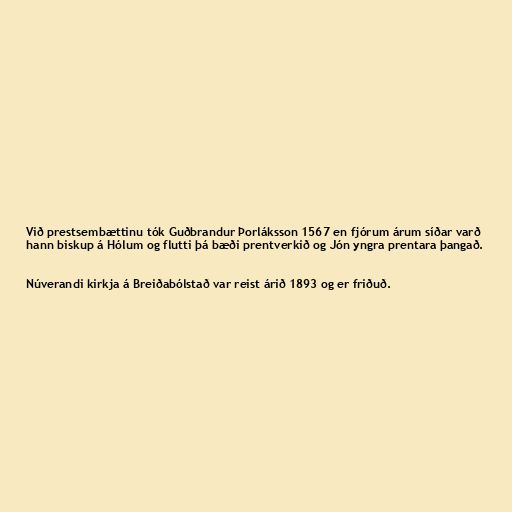
Við prestsembættinu tók Guðbrandur Þorláksson 1567 en fjórum árum síðar varð
hann biskup á Hólum og flutti þá bæði prentverkið og Jón yngra prentara þangað.

Núverandi kirkja á Breiðabólstað var reist árið 1893 og er friðuð.